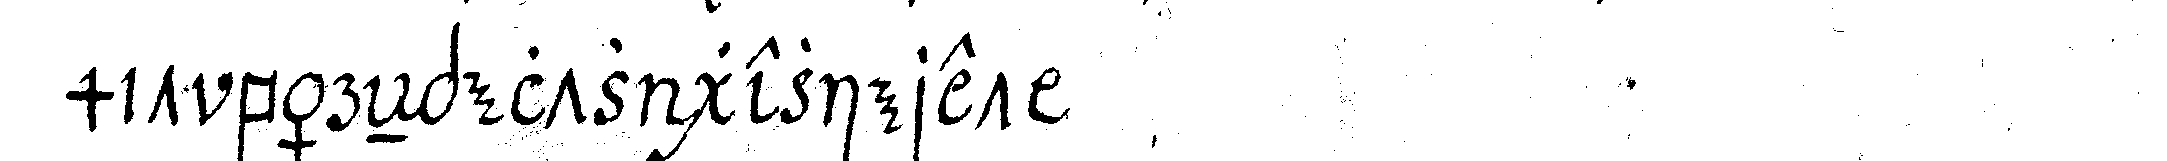
mit bäreNpeltz gezieret